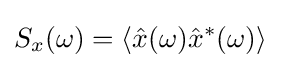
S_{x}(\omega )=\langle {\hat {x}}(\omega ){\hat {x}}^{*}(\omega )\rangle